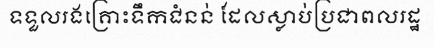
ទទួលរងគ្រោះទឹកជំនន់ ដែលស្លាប់ប្រជាពលរដ្ឋ